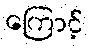
ကြောင့်